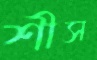
শীস